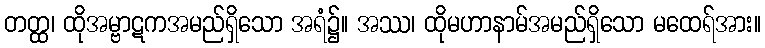
တတ္ထ၊ ထိုအမ္ဗာဋကအမည်ရှိသော အရံ၌။ အဿ၊ ထိုမဟာနာမ်အမည်ရှိသော မထေရ်အား။